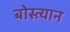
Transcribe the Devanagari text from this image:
बोस्त्यान